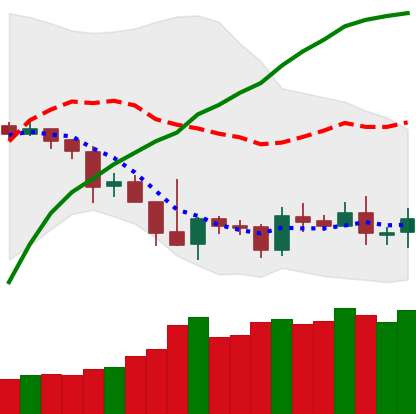
Ticker: TRX-USD
Chart end date: 2019-05-06
Forward return: 5.86%
Label: up_5_7